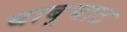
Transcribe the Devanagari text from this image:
बाबुघाट